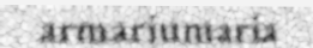
armariumaria